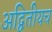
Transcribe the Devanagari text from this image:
अद्वितीयच